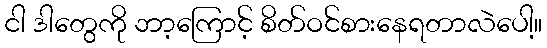
ငါ ဒါတွေကို ဘာ့ကြောင့် စိတ်ဝင်စားနေရတာလဲပေါ့။